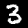
Label: 3